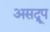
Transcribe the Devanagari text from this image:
असद्रूप